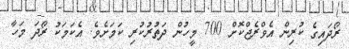
ރޯދައިގެ ކުރިން އެވްރެޖްކޮށް 700 މީހުން ދަތުރުކުރި ކަމަށެވެ. އެކަމަކު ރޯދަ މަހާ